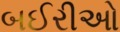
બઈરીઓ